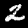
Label: 2